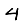
Digit: 4